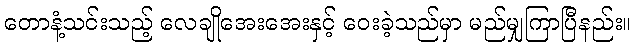
တောနံ့သင်းသည့် လေချိုအေးအေးနှင့် ဝေးခဲ့သည်မှာ မည်မျှကြာပြီနည်း။